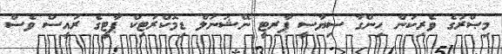
މިޞްރުގެ ވެރިކަން ހިންގާ ސިޔާސީ ޕާރޓީ ނޭޝަނަލް ޑިމޮކްރަޓިކް ޕާޓީގެ ރައީސް ވެސް